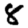
Digit: 8